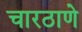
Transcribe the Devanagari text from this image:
चारठाणे